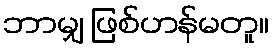
ဘာမျှ ဖြစ်ဟန်မတူ။